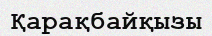
Қарақбайқызы